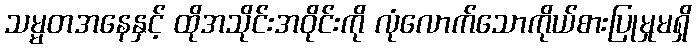
သမ္မတအနေနှင့် ထိုအသိုင်းအဝိုင်းကို လုံလောက်သောကိုယ်စားပြုမှုမရှိ